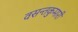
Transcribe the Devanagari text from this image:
वसन्तकुमारी